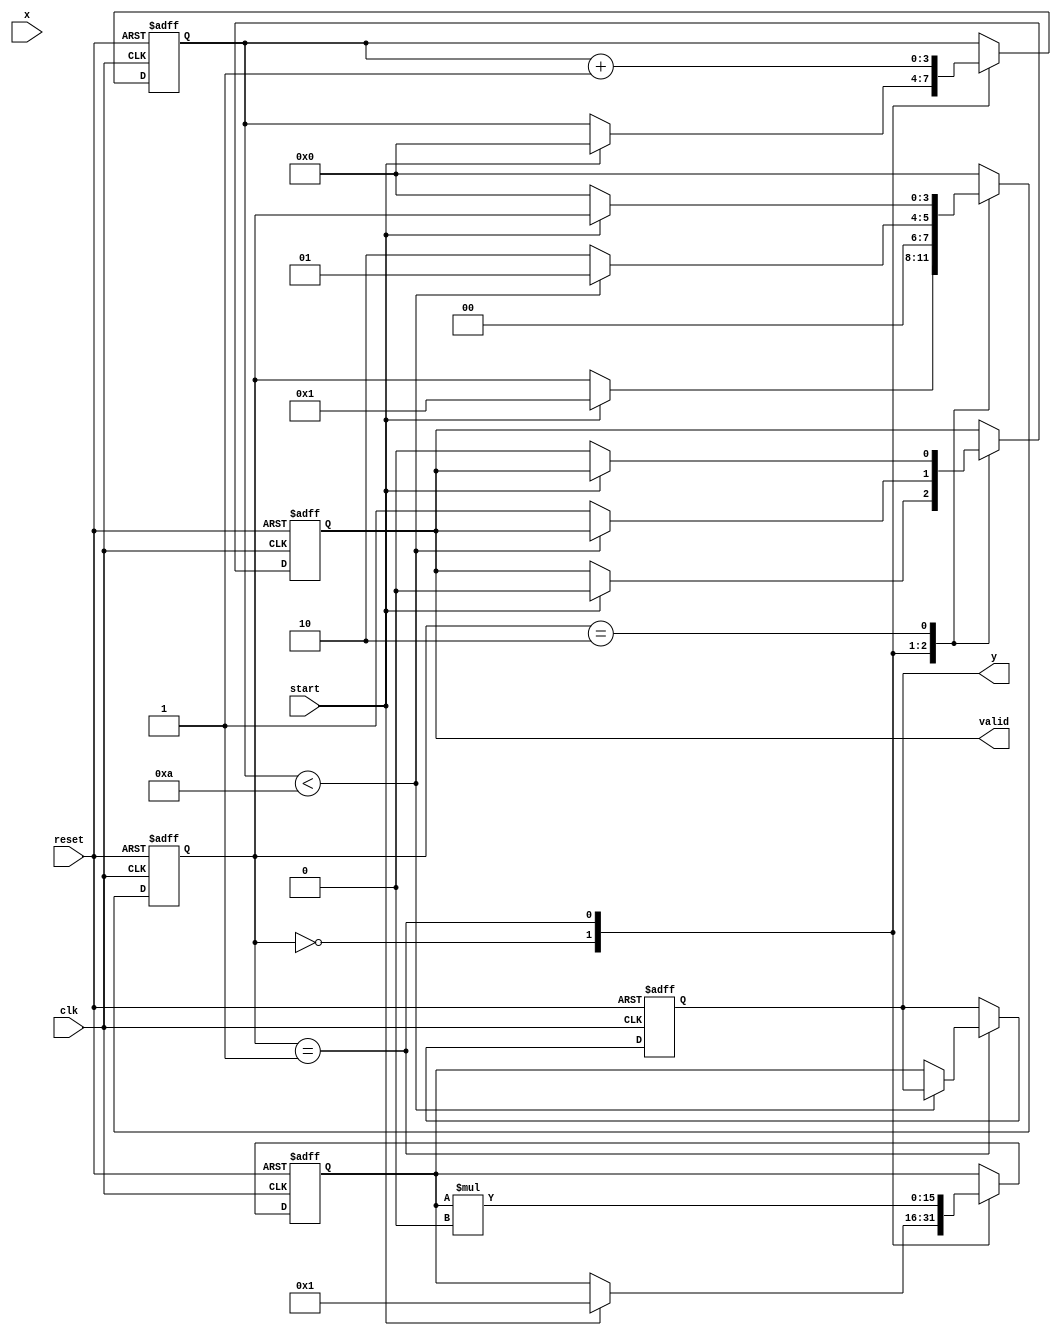
module iterative_reciprocal #(
    parameter INPUT_WIDTH = 16, // Width of the input value
    parameter OUTPUT_WIDTH = 16, // Width of the output result
    parameter MAX_ITERATIONS = 10 // Maximum iterations for convergence
)(
    input  wire                  clk,         // Clock signal
    input  wire                  reset,       // Asynchronous reset
    input  wire [INPUT_WIDTH-1:0] x,          // Input value
    input  wire                  start,       // Start signal
    output reg  [OUTPUT_WIDTH-1:0] y,          // Reciprocal result
    output reg                  valid         // Valid output signal
);

  reg [3:0] state;                     // FSM state
  reg [3:0] iteration_count;           // Iteration counter
  reg [OUTPUT_WIDTH-1:0] y_estimate;   // Current estimate of reciprocal

  localparam IDLE     = 2'b00;
  localparam COMPUTE  = 2'b01;
  localparam OUTPUT   = 2'b10;

  // Fixed-point representation of 2 for updating the estimate
  localparam [OUTPUT_WIDTH-1:0] TWO = 16'h0002;

  always @(posedge clk or posedge reset) begin
      if (reset) begin
          state <= IDLE;
          valid <= 0;
          iteration_count <= 0;
          y_estimate <= 0;
          y <= 0;
      end else begin
          case(state)
              IDLE: begin
                  if (start) begin
                      // Initialize the estimate, using a fixed initial guess
                      y_estimate <= 16'h0001; // For x in [0, 1]
                      iteration_count <= 0;
                      valid <= 0;
                      state <= COMPUTE;
                  end
              end

              COMPUTE: begin
                  // Perform the iterative update
                  y_estimate <= y_estimate * (TWO - (x * y_estimate) >> INPUT_WIDTH);
                  iteration_count <= iteration_count + 1;

                  if (iteration_count < MAX_ITERATIONS) begin
                      // Continue iterating
                      state <= COMPUTE;
                  end else begin
                      // Finished calculations
                      y <= y_estimate;
                      valid <= 1;
                      state <= OUTPUT;
                  end
              end

              OUTPUT: begin
                  if (!start) begin
                      valid <= 0;  // Clear the valid signal when start is not active
                      state <= IDLE; // Go back to IDLE state
                  end
              end

              default: state <= IDLE;
          endcase
      end
  end
  
endmodule